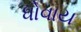
ધોવાય